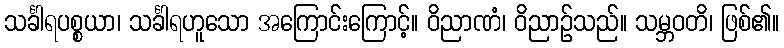
သင်္ခါရပစ္စယာ၊ သင်္ခါရဟူသော အကြောင်းကြောင့်။ ဝိညာဏံ၊ ဝိညာဉ်သည်။ သမ္ဘဝတိ၊ ဖြစ်၏။